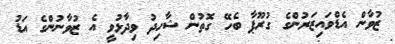
ޒުވާން އެޑްވައިޒަރުންގެ ގުރޫޕާ ބެހޭ ގޮތުން ޝާހިދު ވިދާޅުވީ އެ ޒުވާނުންގެ އަޑު